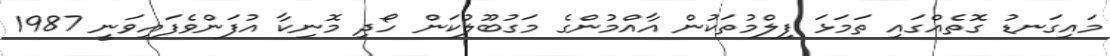
މައިގަނޑު ގޮތެއްގައި ތަމަޅަ ފިލްމުތަކުން އާއްމުންގެ މަގުބޫލުކަން ހޯދި މޮނިކާ އުފަންވެފައިވަނީ 1987